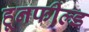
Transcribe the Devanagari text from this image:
हूनफील्ड